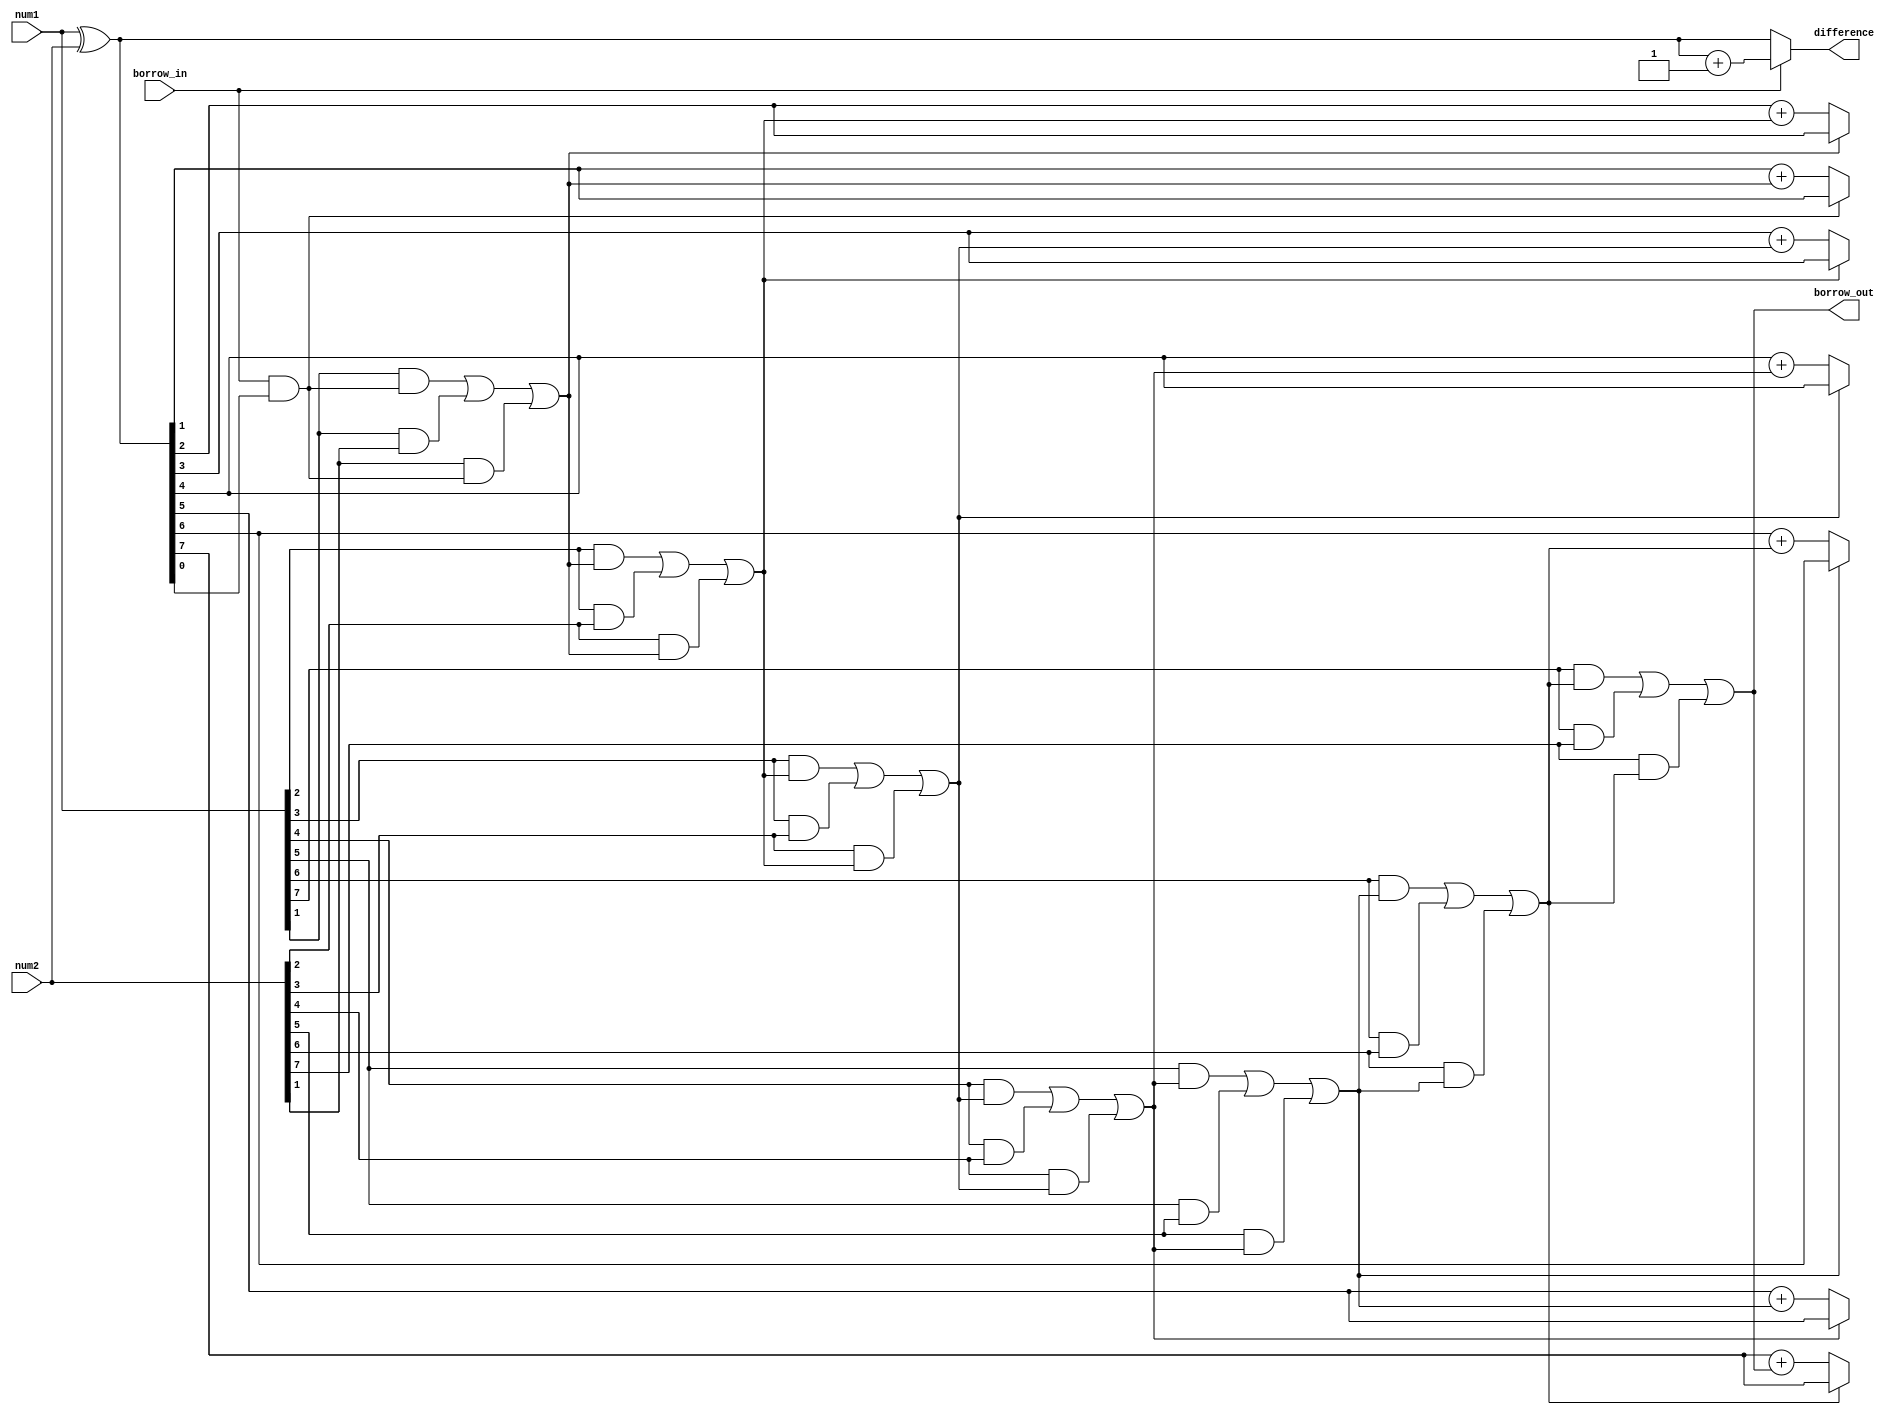
module ripple_subtractor (
    input [7:0] num1,
    input [7:0] num2,
    input borrow_in,
    output [7:0] difference,
    output borrow_out
);

wire [7:0] xor_output;
wire [7:0] borrow;

assign xor_output = num1 ^ num2;
assign difference = borrow_in ? xor_output + 1 : xor_output;
assign borrow[0] = borrow_in & xor_output[0];

generate
    genvar i;
    for (i = 1; i < 8; i = i + 1) begin : ripple_sub
        assign borrow[i] = ((num1[i] & borrow[i-1]) | (num1[i] & num2[i]) | (num2[i] & borrow[i-1]));
        assign difference[i] = borrow[i-1] ? xor_output[i] : xor_output[i] + borrow[i];
    end
endgenerate

assign borrow_out = borrow[7];

endmodule